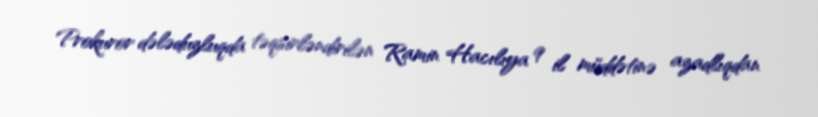
Prokuror dələduzluqda təqsirləndirilən Ramin Hacılıya 9 il müddətinə azadlıqdan